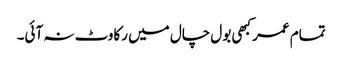
تمام عمر کبھی بول چال میں رکاوٹ نہ آئی۔